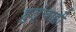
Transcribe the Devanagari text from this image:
हुतूंचाही